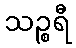
သဉ္စရီ